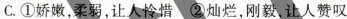
C.①娇嫩，柔弱，让人怜惜②灿烂，刚毅让人赞叹